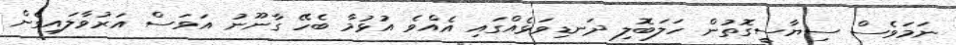
ނަމަވެސް ސިޔާސީގޮތުން ހަލަބޮލި ދަނޑިވަޅެއްގައި އެއްވެ އުޅުމާ ބެހޭ ގާނޫނު އަވަސް އަރުވާލައިގެން